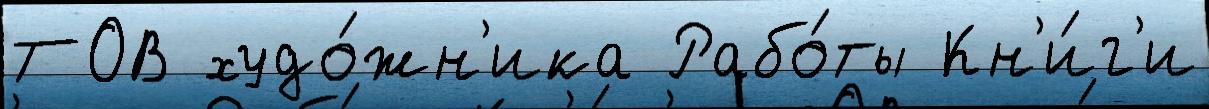
ТОВ худо́жн'ика Рабо́ты Кн'и́г'и